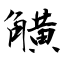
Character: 觵